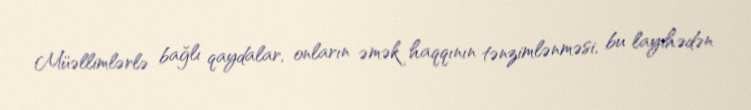
Müəllimlərlə bağlı qaydalar, onların əmək haqqının tənzimlənməsi, bu layihədən